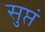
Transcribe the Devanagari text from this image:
सुप्तं